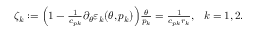
\begin{array} { r } { \zeta _ { k } : = \Big ( 1 - \frac { 1 } { c _ { p k } } \partial _ { \theta } \varepsilon _ { k } ( \theta , p _ { k } ) \Big ) \frac { \theta } { p _ { k } } = \frac { 1 } { c _ { p k } r _ { k } } , \ \ k = 1 , 2 . } \end{array}